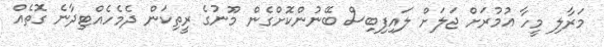
މަރާލި މީހާ އުމުރަށް ޖަލަށް ލައިފިބިސް ބޭނުންކޮށްގެން މޫނުގެ ރީތިކަން ދެމެހެއްޓިދާނެ ގޮތެއް